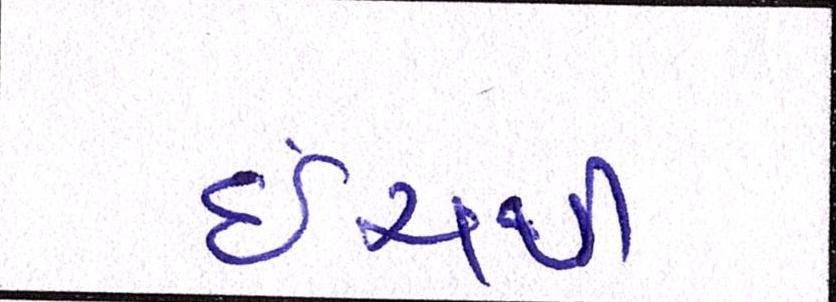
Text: ઇંચથી